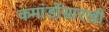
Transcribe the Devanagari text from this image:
कमांडोंसारखी